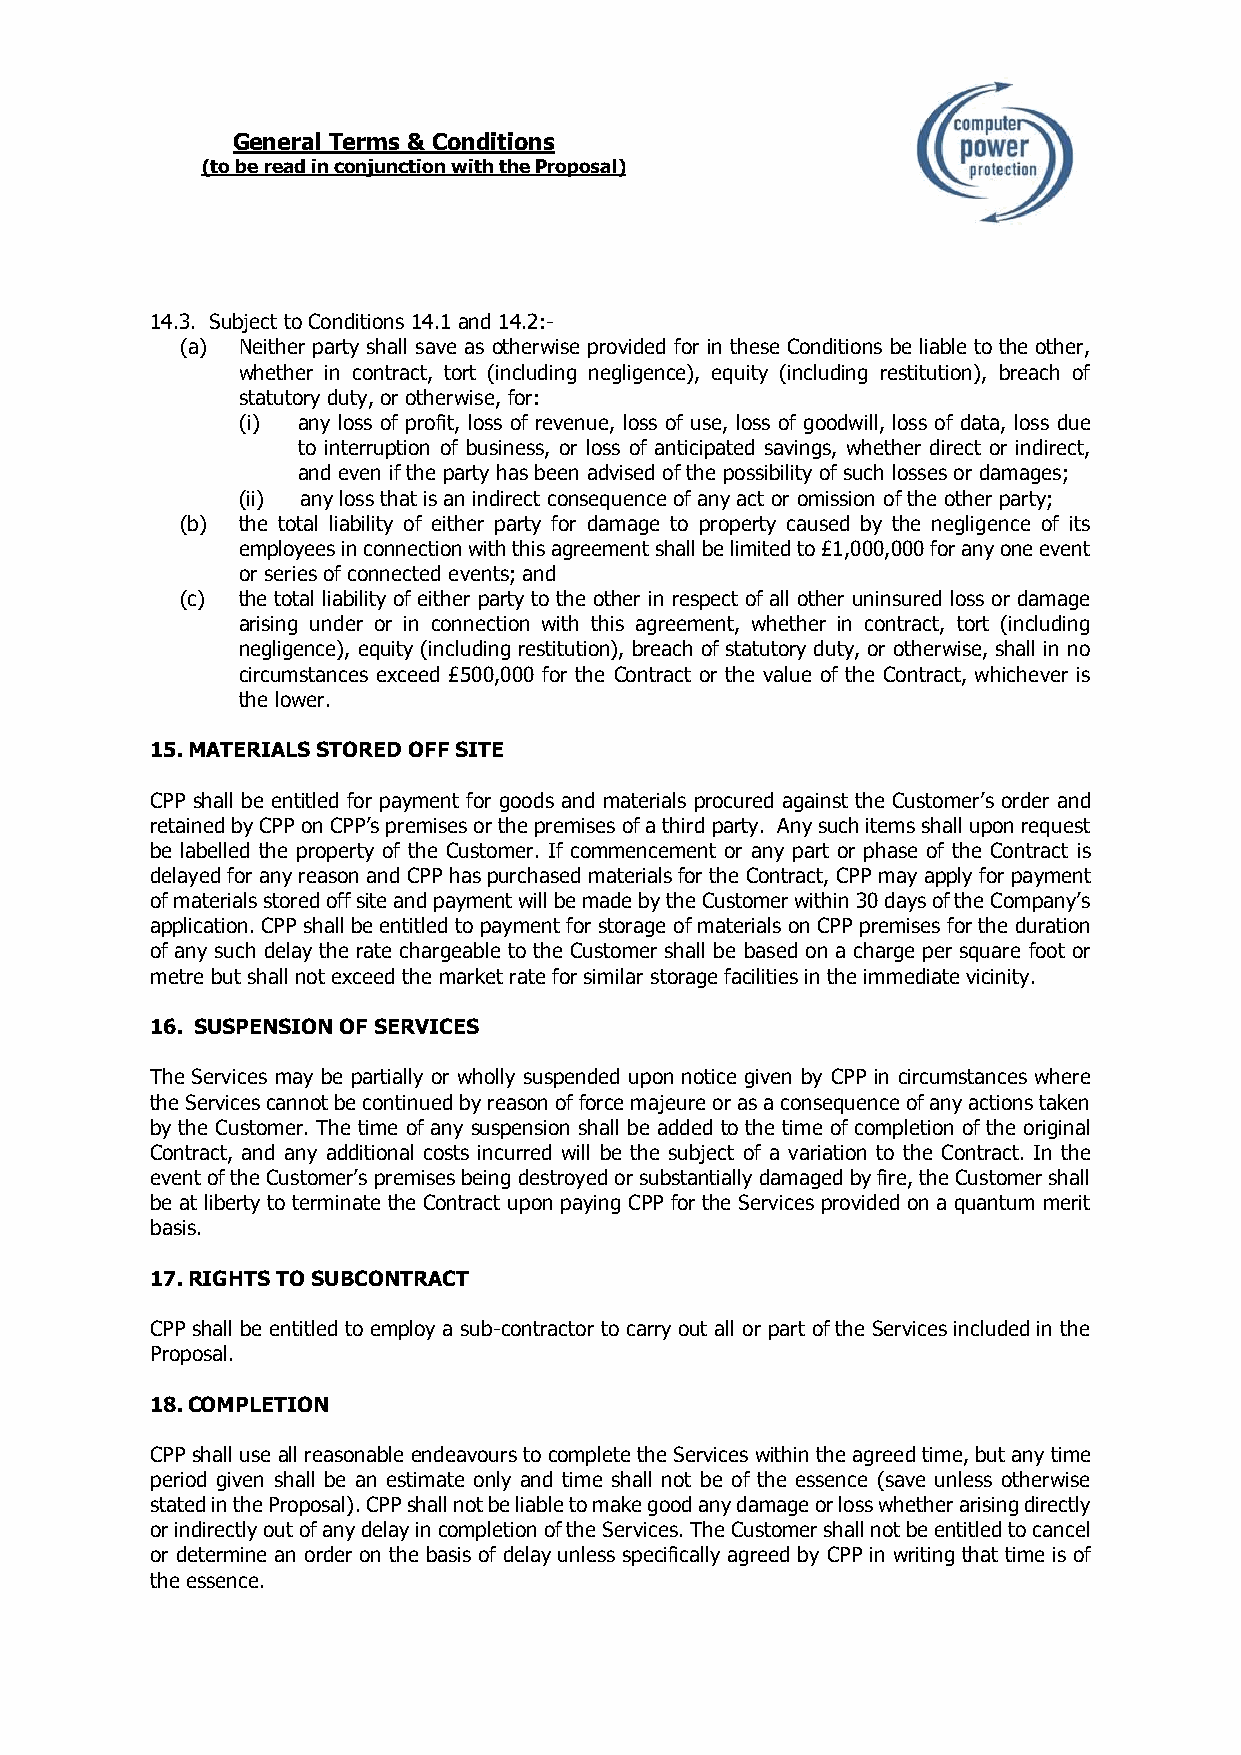
General Terms & Conditions
 (to be read in conjunction with the Proposal)
 14.3. Subject to Conditions 14.1 and 14.2:-
 (a) Neither party shall save as otherwise provided for in these Conditions be liable to the other,
 whether in contract, tort (including negligence), equity (including restitution), breach of
 statutory duty, or otherwise, for:
 (i) any loss of profit, loss of revenue, loss of use, loss of goodwill, loss of data, loss due
 to interruption of business, or loss of anticipated savings, whether direct or indirect,
 and even if the party has been advised of the possibility of such losses or damages;
 (ii) any loss that is an indirect consequence of any act or omission of the other party;
 (b) the total liability of either party for damage to property caused by the negligence of its
 employees in connection with this agreement shall be limited to £1,000,000 for any one event
 or series of connected events; and
 (c) the total liability of either party to the other in respect of all other uninsured loss or damage
 arising under or in connection with this agreement, whether in contract, tort (including
 negligence), equity (including restitution), breach of statutory duty, or otherwise, shall in no
 circumstances exceed £500,000 for the Contract or the value of the Contract, whichever is
 the lower.
 15. MATERIALS STORED OFF SITE
 CPP shall be entitled for payment for goods and materials procured against the Customer’s order and
 retained by CPP on CPP’s premises or the premises of a third party. Any such items shall upon request
 be labelled the property of the Customer. If commencement or any part or phase of the Contract is
 delayed for any reason and CPP has purchased materials for the Contract, CPP may apply for payment
 of materials stored off site and payment will be made by the Customer within 30 days of the Company’s
 application. CPP shall be entitled to payment for storage of materials on CPP premises for the duration
 of any such delay the rate chargeable to the Customer shall be based on a charge per square foot or
 metre but shall not exceed the market rate for similar storage facilities in the immediate vicinity.
 16. SUSPENSION OF SERVICES
 The Services may be partially or wholly suspended upon notice given by CPP in circumstances where
 the Services cannot be continued by reason of force majeure or as a consequence of any actions taken
 by the Customer. The time of any suspension shall be added to the time of completion of the original
 Contract, and any additional costs incurred will be the subject of a variation to the Contract. In the
 event of the Customer’s premises being destroyed or substantially damaged by fire, the Customer shall
 be at liberty to terminate the Contract upon paying CPP for the Services provided on a quantum merit
 basis.
 17. RIGHTS TO SUBCONTRACT
 CPP shall be entitled to employ a sub-contractor to carry out all or part of the Services included in the
 Proposal.
 18. COMPLETION
 CPP shall use all reasonable endeavours to complete the Services within the agreed time, but any time
 period given shall be an estimate only and time shall not be of the essence (save unless otherwise
 stated in the Proposal). CPP shall not be liable to make good any damage or loss whether arising directly
 or indirectly out of any delay in completion of the Services. The Customer shall not be entitled to cancel
 or determine an order on the basis of delay unless specifically agreed by CPP in writing that time is of
 the essence.